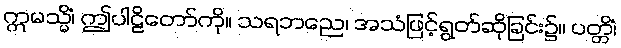
ဣမသ္မိံ၊ ဤပါဠိတော်ကို။ သရဘညေ၊ အသံဖြင့်ရွတ်ဆိုခြင်း၌။ ပတ္တိံ၊